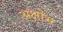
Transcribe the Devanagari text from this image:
अक्षोभ